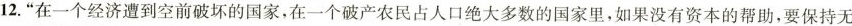
12.“在一个经济遭到空前破坏的国家，在一个破产农民占人口绝大多数的国家里，如果没有资本的帮助，要保持无